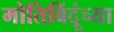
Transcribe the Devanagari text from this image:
मोतिबिंदूंच्या